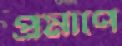
প্রমাণে